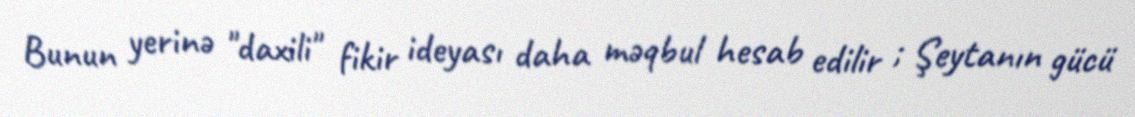
Bunun yerinə "daxili" fikir ideyası daha məqbul hesab edilir ; Şeytanın gücü